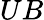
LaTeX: UB